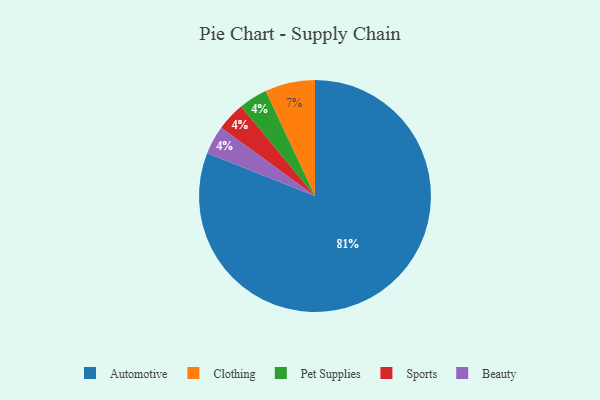
{"axis": {"x": "Category", "y": "Percentage"}, "legend": ["Automotive", "Beauty", "Clothing", "Pet Supplies", "Sports"], "data": [{"x": "Clothing", "y": 7, "type": "Clothing"}, {"x": "Pet Supplies", "y": 4, "type": "Pet Supplies"}, {"x": "Sports", "y": 4, "type": "Sports"}, {"x": "Automotive", "y": 81, "type": "Automotive"}, {"x": "Beauty", "y": 4, "type": "Beauty"}]}